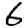
Digit: 6